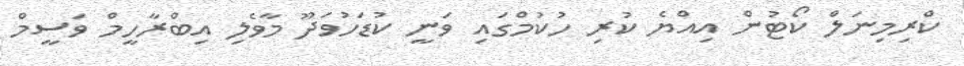
ކްރިމިނަލް ކޯޓުން އިއްޔެ ކުރި ހުކުމްގައި ވަނީ ކުޑަހުވަދޫ މާވެލި އިބްރާހީމް ވަސީމް